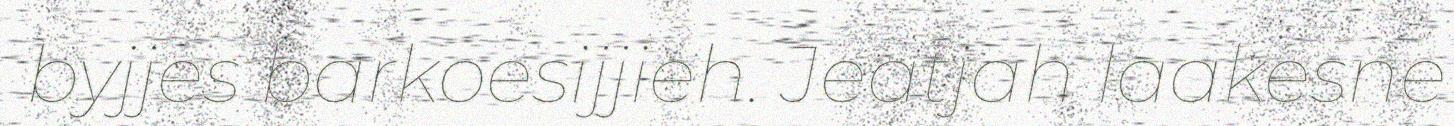
byjjes barkoesijjieh. Jeatjah laakesne